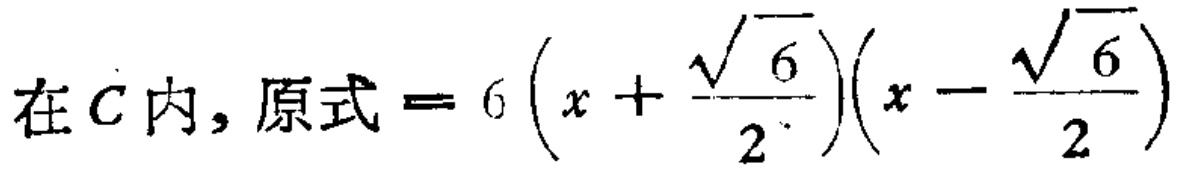
在\(C\)内，原式\( = 6\left(x + \frac{\sqrt{6}}{2}\right)\left(x - \frac{\sqrt{6}}{2}\right)\)